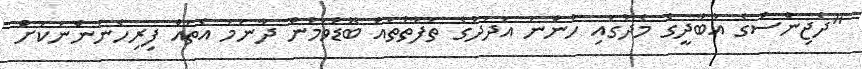
"ދެޖިންސްގެ އާބާދީގެ މެދުގައި ހުންނަ އަދަދުގެ ތަފާތުތައް ބޮޑުވަމުން ދާނަމަ އެތައް ފިރިހެނުންނަކަށް